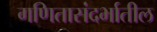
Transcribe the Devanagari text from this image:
गणितासंदर्भातील